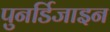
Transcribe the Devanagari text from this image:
पुनर्डिजाइन